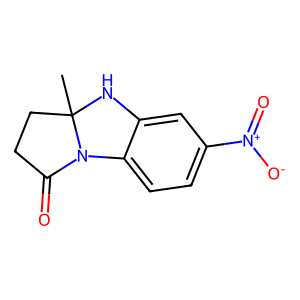
SMILES: CC12CCC(=O)N1c1ccc([N+](=O)[O-])cc1N2
Inhibits HIV replication: No